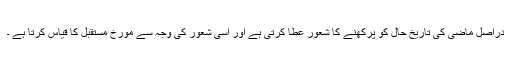
دراصل ماضی کی تاریخ حال کو پرکھنے کا شعور عطا کرتی ہے اور اسی شعور کی وجہ سے مورخ مستقبل کا قیاس کرتا ہے ۔